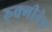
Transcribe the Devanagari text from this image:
रुक्मीनेच